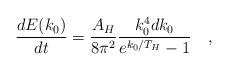
LaTeX: \begin{align*}{\frac{dE(k_0)}{dt}} = {\frac{A_H}{8\pi^2}}{\frac{k_0^4dk_0}{e^{k_0/T_H}-1}} \quad ,\end{align*}